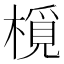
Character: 㯒